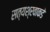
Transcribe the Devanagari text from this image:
सत्यश्रवाकडे